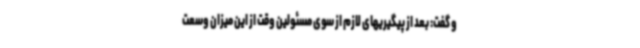
و گفت: بعد از پیگیریهای لازم از سوی مسئولین وقت از این میزان وسعت